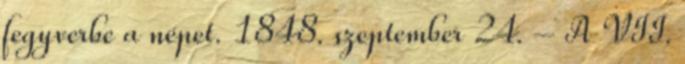
fegyverbe a népet. 1848. szeptember 24. – A VII.